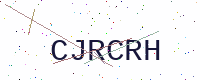
Text: CJRCRH